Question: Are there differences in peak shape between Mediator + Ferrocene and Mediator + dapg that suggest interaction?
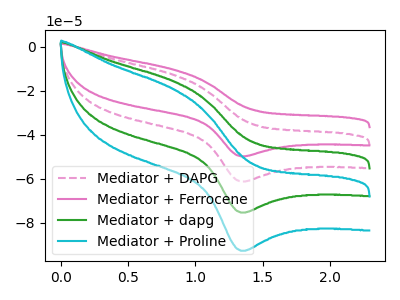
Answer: <think>The pink dashed curve "Mediator + DAPG" has an anodic peak at (0.85V, -12.85uA) and a cathodic peak at (1.35V, -61.25uA). The pink curve "Mediator + Ferrocene" has an anodic peak at (0.85V, -10.45uA) and a cathodic peak at (1.35V, -49.80uA). The green curve "Mediator + dapg" has an anodic peak at (0.85V, -25.75uA) and a cathodic peak at (1.35V, -122.50uA). The cyan curve "Mediator + Proline" has an anodic peak at (0.85V, -38.60uA) and a cathodic peak at (1.35V, -183.75uA).
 All the peaks in "Mediator + Ferrocene" have a peak in "Mediator + dapg" at the same potential.</think>
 <answer>No, "Mediator + Ferrocene" and "Mediator + dapg" don't appear to be significantly different in shape</answer>
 <eval>no_change</eval>